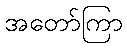
အတော်ကြာ